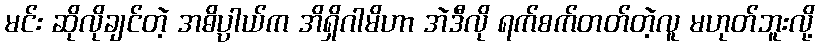
မင်း ဆိုလိုချင်တဲ့ အဓိပ္ပာယ်က အိရှိဂါမိဟာ အဲဒီလို ရက်စက်တတ်တဲ့လူ မဟုတ်ဘူးလို့